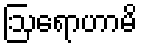
ဩရောဟာမိ